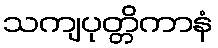
သကျပုတ္တိကာနံ